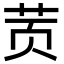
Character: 鿒